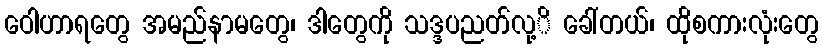
ဝေါဟာရတွေ အမည်နာမတွေ၊ ဒါတွေကို သဒ္ဒပညတ်လု့ိ ခေါ်တယ်၊ ထိုစကားလုံးတွေ